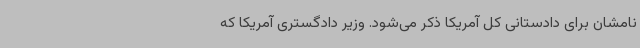
نامشان برای دادستانی کل آمریکا ذکر می‌شود. وزیر دادگستری آمریکا که